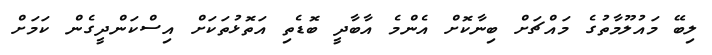
ލިބޭ މައުލޫމާތުގެ މައްޗަށް ބިނާކޮށް އެންމެ އާބާދީ ބޮޑެތި އަތޮޅުތަކަށް އިސްކަންދީގެން ކަމަށް